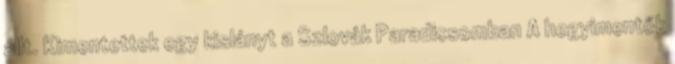
állt. Kimentettek egy kislányt a Szlovák Paradicsomban A hegyimentők